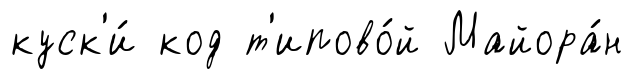
куск'и́ код т'ипово́й Майора́н